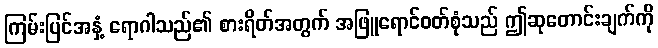
ကြမ်းပြင်အနှံ့ ရောဂါသည်၏ စားရိတ်အတွက် အဖြူရောင်ဝတ်စုံသည် ဤဆုတောင်းချက်ကို